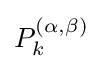
P_{k}^{(\alpha ,\beta )}